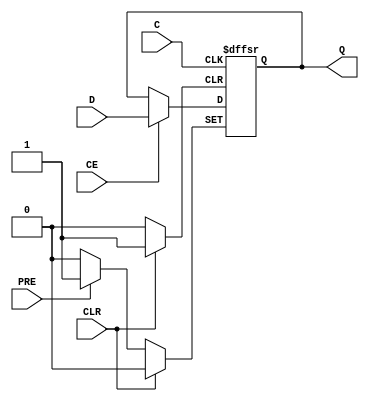
// $Header: /devl/xcs/repo/env/Databases/CAEInterfaces/xec_libs/data/unisims/FDCPE.v,v 1.1 2005/05/10 01:20:03 wloo Exp $

/*

FUNCTION	: D-FLIP-FLOP with async clear, async preset and clock enable

*/

// `celldefine
`timescale  100 ps / 10 ps

module FDCPE (Q, C, CE, CLR, D, PRE);

    parameter INIT = 1'b0;

    output Q;
    reg    Q;

    input  C, CE, CLR, D, PRE;

	always @(posedge CLR or posedge PRE or posedge C)
	    if (CLR)
		Q <= 0;
	    else if (PRE)
		Q <= 1;
	    else if (CE)
		Q <= D;

endmodule